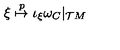
\xi \stackrel { p } { \mapsto } \iota _ { \xi } \omega _ { C } | _ { { \cal T } M }